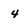
Character: 4